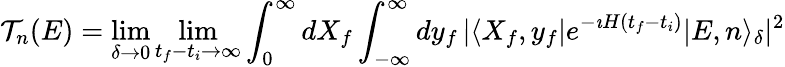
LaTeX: {\cal T}_{n}(E)=\operatorname*{lim}_{\delta\to 0}\operatorname*{lim}_{t_{f}-t_{i}\to\infty}\int_{0}^{\infty}dX_{f}\int_{-\infty}^{\infty}dy_{f}\, \vert\langle X_{f},y_{f}\vert e^{-\imath H(t_{f}-t_{i})}\vert E,n\rangle_{\delta}\vert^{2}